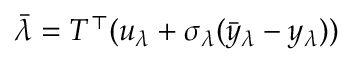
\bar { \lambda } = T ^ { \top } ( u _ { \lambda } + \sigma _ { \lambda } ( \bar { y } _ { \lambda } - y _ { \lambda } ) )